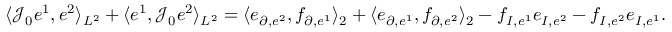
\begin{array} { r } { \langle \mathcal { J } _ { 0 } e ^ { 1 } , e ^ { 2 } \rangle _ { L ^ { 2 } } + \langle e ^ { 1 } , \mathcal { J } _ { 0 } e ^ { 2 } \rangle _ { L ^ { 2 } } = \langle e _ { \partial , e ^ { 2 } } , f _ { \partial , e ^ { 1 } } \rangle _ { 2 } + \langle e _ { \partial , e ^ { 1 } } , f _ { \partial , e ^ { 2 } } \rangle _ { 2 } - f _ { I , e ^ { 1 } } e _ { I , e ^ { 2 } } - f _ { I , e ^ { 2 } } e _ { I , e ^ { 1 } } . } \end{array}